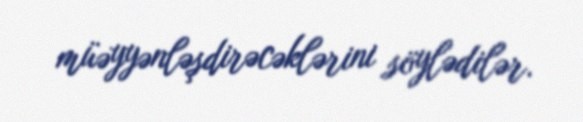
müəyyənləşdirəcəklərini söylədilər.